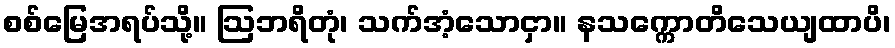
စစ်မြေအရပ်သို့။ ဩဘရိတုံ၊ သက်အံ့သောငှာ။ နသက္ကောတိသေယျထာပိ၊